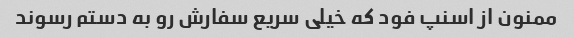
ممنون از اسنپ فود که خیلی سریع سفارش رو به دستم رسوند